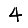
Digit: 4